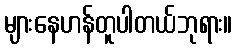
များနေဟန်တူပါတယ်ဘုရား။